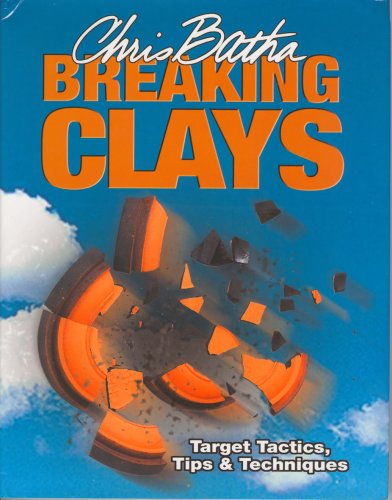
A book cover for Breaking Clays: Target Tactics, Tips & Techniques; Chris Batha; Sports & Outdoors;